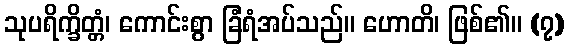
သုပရိက္ခိတ္တံ၊ ကောင်းစွာ ခြံရံအပ်သည်။ ဟောတိ၊ ဖြစ်၏။ (၇)